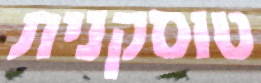
טוסקנית